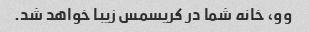
وو، خانه شما در کریسمس زیبا خواهد شد.